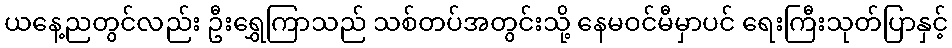
ယနေ့ညတွင်လည်း ဦးရွှေကြာသည် သစ်တပ်အတွင်းသို့ နေမဝင်မီမှာပင် ရေးကြီးသုတ်ပြာနှင့်